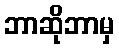
ဘာဆိုဘာမှ